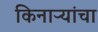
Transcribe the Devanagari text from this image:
किनाऱ्‍यांचा